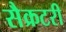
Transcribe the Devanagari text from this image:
सैक्रटरी